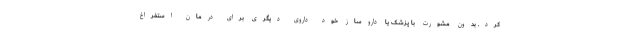
کرد. بدون مشورت با پزشک یا داروساز خود داروی دیگری برای درمان استفراغ